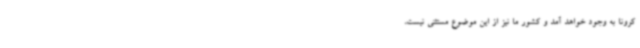
کرونا به‌ وجود خواهد آمد و کشور ما نیز از این موضوع مستثنی نیست،